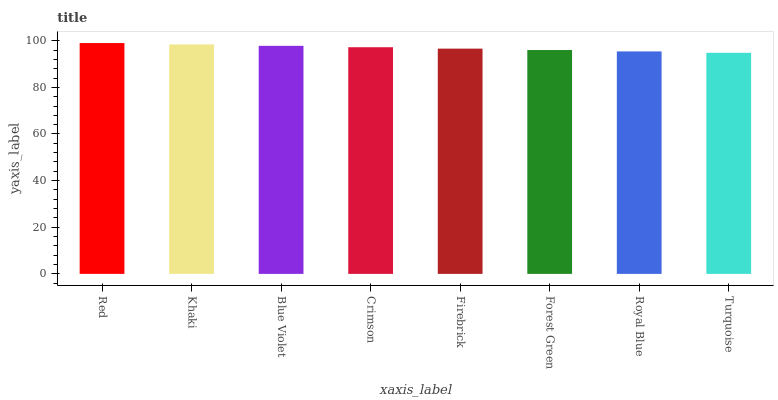
| xaxis_label | bars |
 | --- | --- |
 | Red | 99 |
 | Khaki | 98.4 |
 | Blue Violet | 97.8 |
 | Crimson | 97.2 |
 | Firebrick | 96.6 |
 | Forest Green | 96 |
 | Royal Blue | 95.4 |
 | Turquoise | 94.8 |